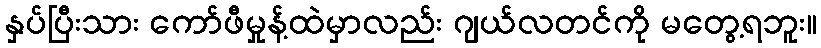
နှပ်ပြီးသား ကော်ဖီမှုန့်ထဲမှာလည်း ဂျယ်လတင်ကို မတွေ့ရဘူး။